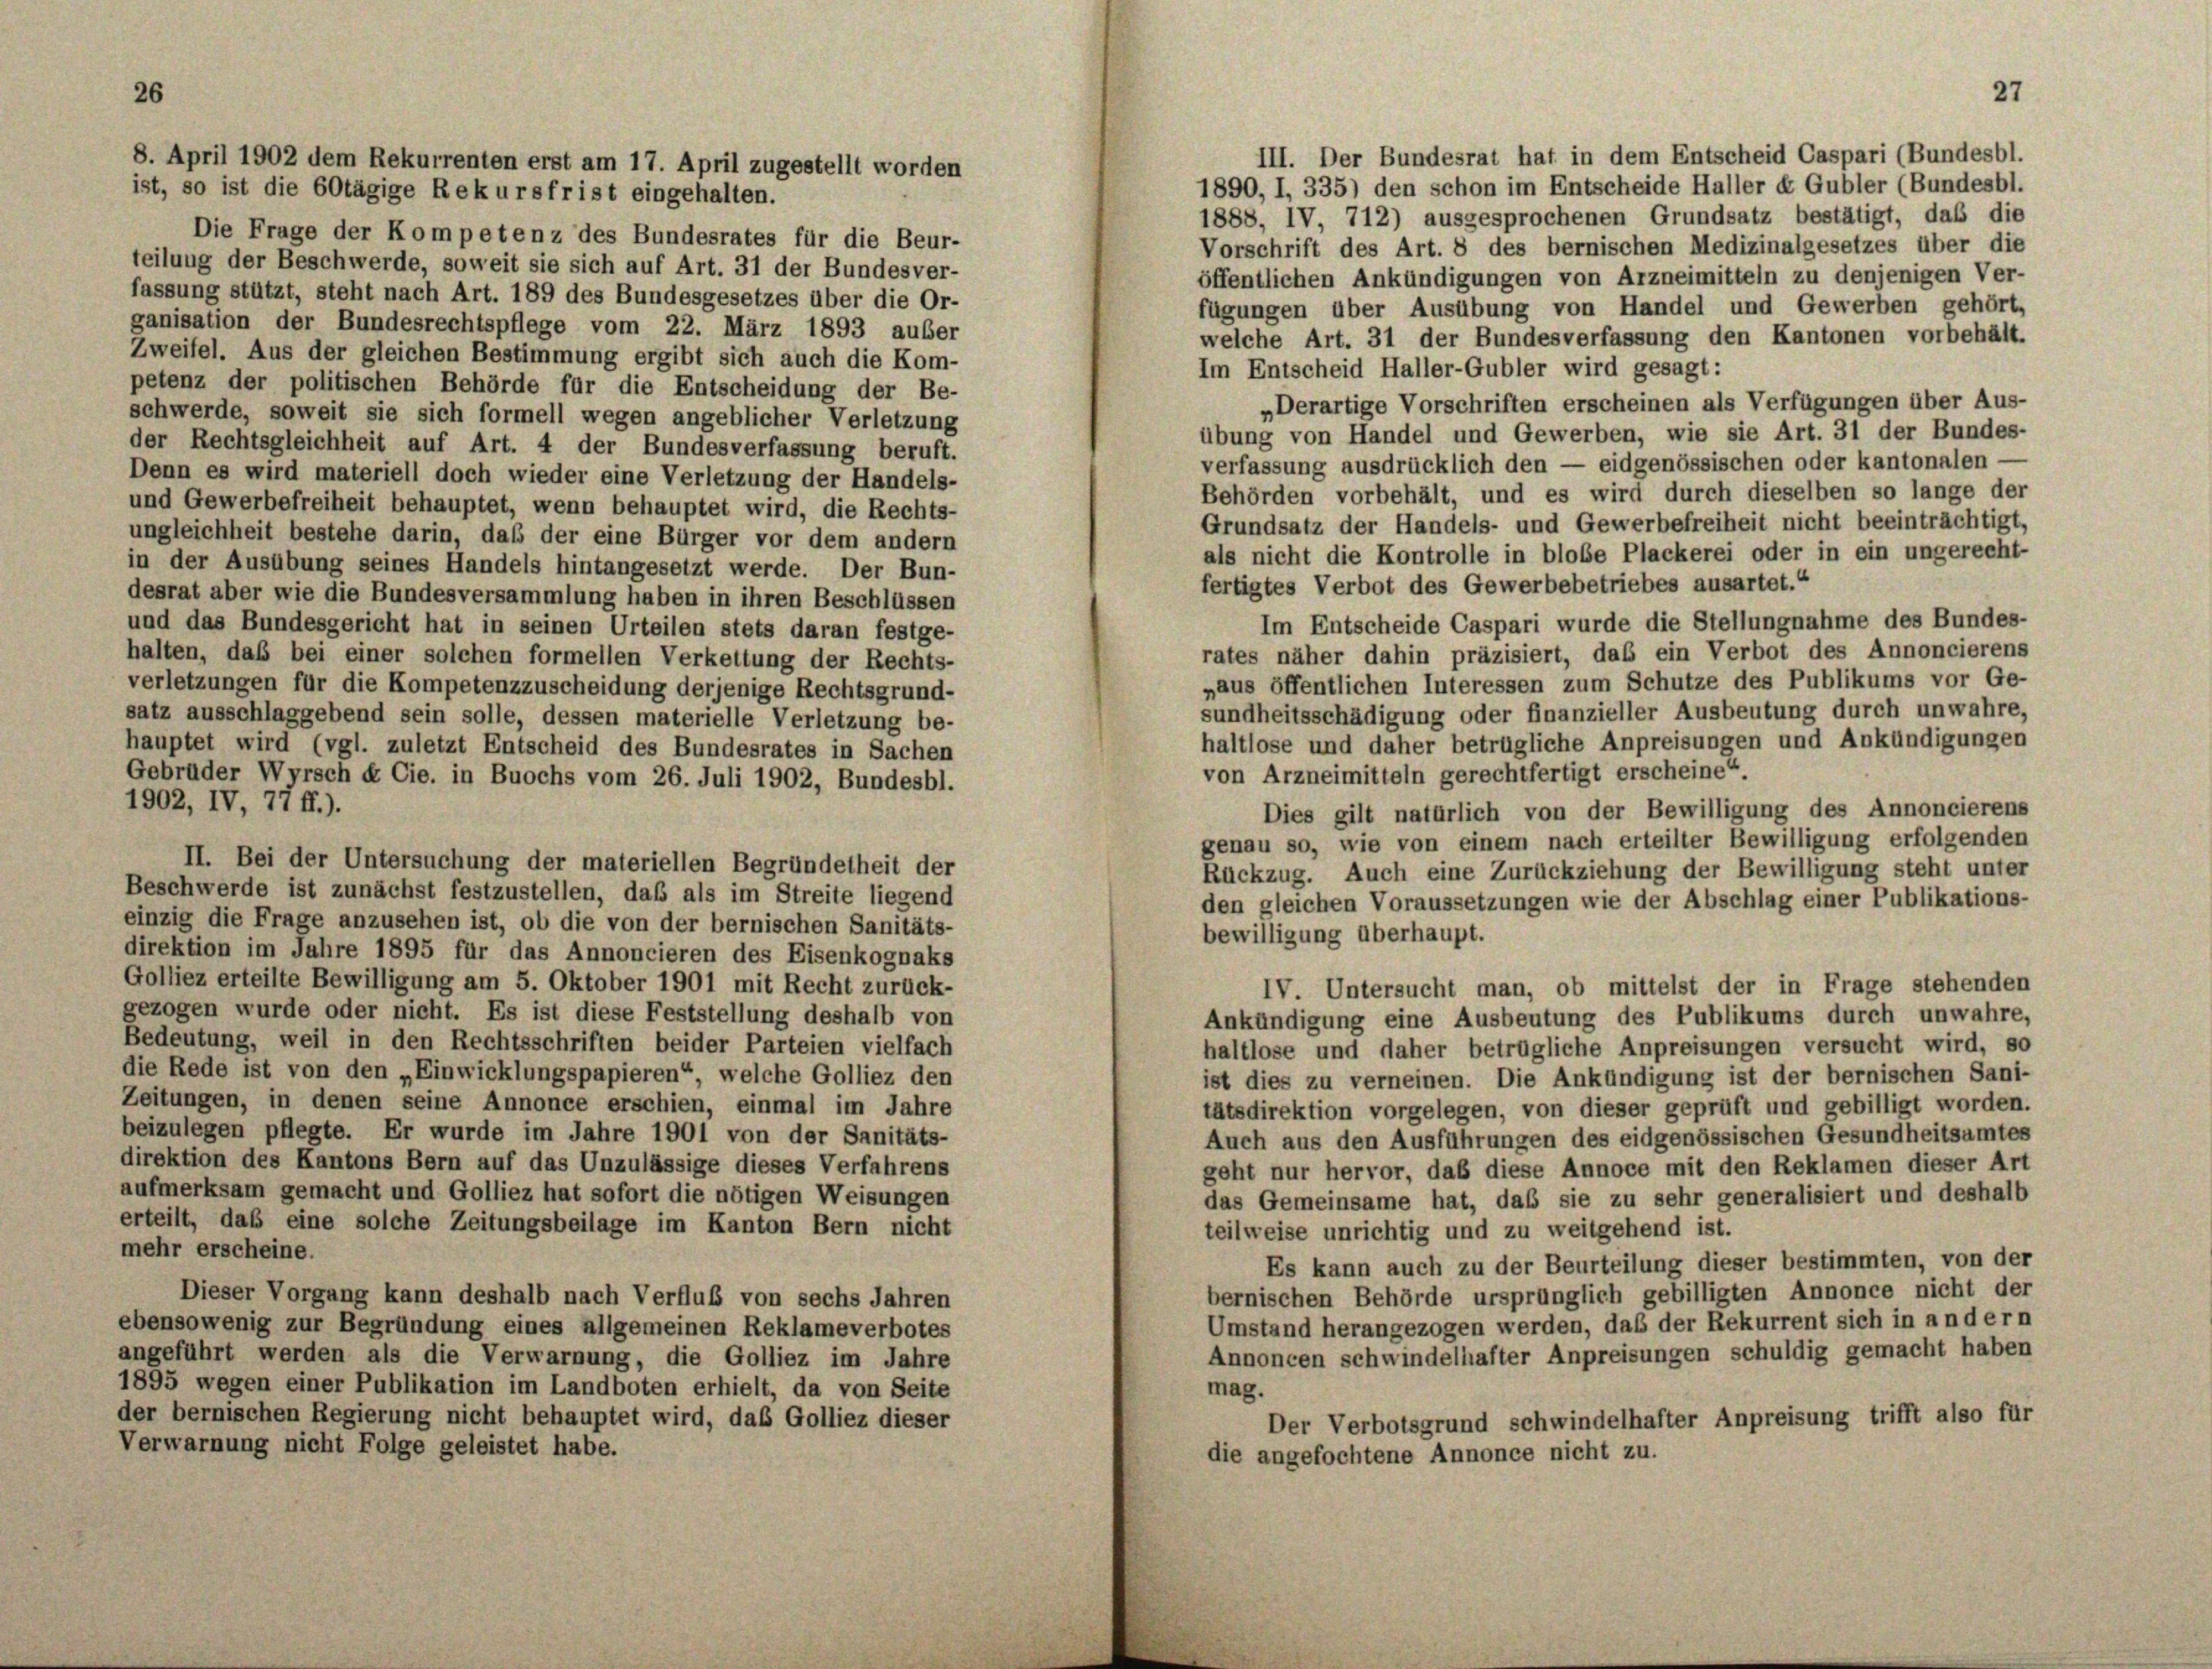
Die Frage der Kompetenz des Bundesrates für die Beur-
Vorschrift des Art. 8 des bernischen Medizinalgesetzes über die
teilung der Beschwerde, soweit sie sich auf Art. 31 der Bundesver-
öffentlichen Ankündigungen von Arzneimitteln zu denjenigen Ver-
fassung stützt, steht nach Art. 189 des Bundesgesetzes über die Or-
fügungen über Ausübung von Handel und Gewerben gehört,
ganisation der Bundesrechtspflege vom 22. März 1893 auber
welche Art. 31 der Bundesverfassung den Kantonen vorbehält.
Zweifel. Aus der gleichen Bestimmung ergibt sich auch die Kom-
Im Entscheid Haller-Gubler wird gesagt:
petenz der politischen Behörde für die Entscheidung der Be-
„Derartige Vorschriften erscheinen als Verfügungen über Aus-
schwerde, soweit sie sich formell wegen angeblicher Verletzung
übung von Handel und Gewerben, wie sie Art. 31 der Bundes-
der Rechtsgleichheit auf Art. 4 der Bundesverfassung beruft.
verfassung ausdrücklich den — eidgenössischen oder kantonalen -
Denn es wird materiell doch wieder eine Verletzung der Handels-
Behörden vorbehält, und es wird durch dieselben so lange der
und Gewerbefreiheit behauptet, wenn behauptet wird, die Rechts-
Grundsatz der Handels- und Gewerbefreiheit nicht beeinträchtigt,
ungleichheit bestehe darin, daß der eine Bürger vor dem andern
als nicht die Kontrolle in blobe Plackerei oder in ein ungerecht-
in der Ausübung seines Handels hintangesetzt werde. Der Bun-
fertigtes Verbot des Gewerbebetriebes ausartet.“
desrat aber wie die Bundesversammlung haben in ihren Beschlüssen
Im Entscheide Caspari wurde die Stellungnahme des Bundes-
und das Bundesgericht hat in seinen Urteilen stets daran festge-
rates näher dahin präzisiert, daß ein Verbot des Annoncierens
halten, daß bei einer solchen formellen Verkettung der Rechts-
„aus öffentlichen Interessen zum Schutze des Publikums vor Ge
verletzungen für die Kompetenzzuscheidung derjenige Rechtsgrund-
sundheitsschädigung oder finanzieller Ausbeutung durch unwahre,
satz ausschlaggebend sein solle, dessen materielle Verletzung be-
haltlose und daher betrügliche Anpreisungen und Ankündigungen
hauptet wird (vgl. zuletzt Entscheid des Bundesrates in Sachen
von Arzneimitteln gerechtfertigt erscheine“.
Gebrüder Wyrsch & Cie. in Buochs vom 26. Juli 1902, Bundesbl.
1902, IV, 77 ff.).
Dies gilt natürlich von der Bewilligung des Annoncierens
genau so, wie von einem nach erteilter Bewilligung erfolgenden
II. Bei der Untersuchung der materiellen Begründetheit der
Rückzug. Auch eine Zurückziehung der Bewilligung steht unter
Beschwerde ist zunächst festzustellen, daß als im Streite liegend
den gleichen Voraussetzungen wie der Abschlag einer Publikations-
einzig die Frage anzusehen ist, ob die von der bernischen Sanitäts-
bewilligung überhaupt.
direktion im Jahre 1895 für das Annoncieren des Eisenkognaks
Golliez erteilte Bewilligung am 5. Oktober 1901 mit Recht zurück-
IV. Untersucht man, ob mittelst der in Frage stehenden
gezogen wurde oder nicht. Es ist diese Feststellung deshalb von
Ankündigung eine Ausbeutung des Publikums durch unwahre,
Bedeutung, weil in den Rechtsschriften beider Parteien vielfach
haltlose und daher betrügliche Anpreisungen versucht wird, se
die Rede ist von den „Einwicklungspapieren“, welche Golliez den
ist dies zu verneinen. Die Ankündigung ist der bernischen Sani-
Zeitungen, in denen seine Annonce erschien, einmal im Jahre
tätsdirektion vorgelegen, von dieser geprüft und gebilligt worden,
beizulegen pflegte. Er wurde im Jahre 1901 von der Sanitäts-
Auch aus den Ausführungen des eidgenössischen Gesundheitsamtes
direktion des Kantons Bern auf das Unzulässige dieses Verfahrens
geht nur hervor, daß diese Annoce mit den Reklamen dieser Art
aufmerksam gemacht und Golliez hat sofort die nötigen Weisungen
das Gemeinsame hat, daß sie zu sehr generalisiert und deshalb
erteilt, daß eine solche Zeitungsbeilage im Kanton Bern nicht
teilweise unrichtig und zu weitgehend ist.
mehr erscheine.
Es kann auch zu der Beurteilung dieser bestimmten, von der
bernischen Behörde ursprünglich gebilligten Annonce nicht der
Dieser Vorgang kann deshalb nach Verfluß von sechs Jahren
Umstand herangezogen werden, daß der Rekurrent sich in an der n
ebensowenig zur Begründung eines allgemeinen Reklameverbotes
Annoncen schwindelhafter Anpreisungen schuldig gemacht haben
angeführt werden als die Verwarnung, die Golliez im Jahre
1895 wegen einer Publikation im Landboten erhielt, da von Seite
mag.
der bernischen Regierung nicht behauptet wird, das Golliez dieser
Der Verbotsgrund schwindelhafter Anpreisung trifft also für
Verwarnung nicht Folge geleistet habe.
die angefochtene Annonce nicht zu.

8. April 1902 dem Rekurrenten erst am 17. April zugestellt worden
ist, so ist die 60tägige Rekursfrist eingehalten.

III. Der Bundesrat hat in dem Entscheid Caspari (Bundesbl.
1890, I, 335) den schon im Entscheide Haller k Gubler (Bundesbl.
1888, IV, 712) ausgesprochenen Grundsatz bestätigt, daß die

27